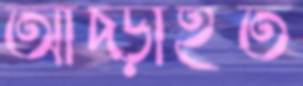
আঁচ্‌ড়াইত